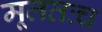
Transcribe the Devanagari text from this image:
मूलतःच